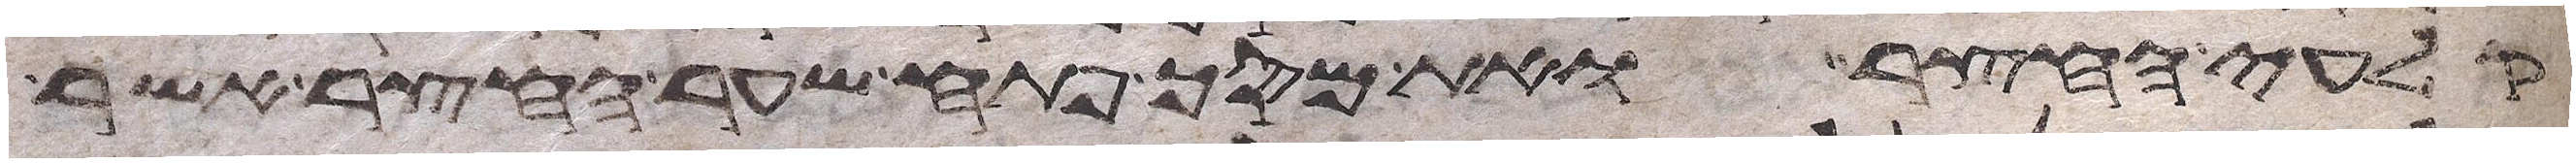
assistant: קלעי החצר ואת מסך פתח שער החצר אשר